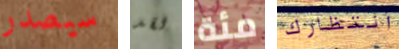
سيصدر لقد مئة انتظارك